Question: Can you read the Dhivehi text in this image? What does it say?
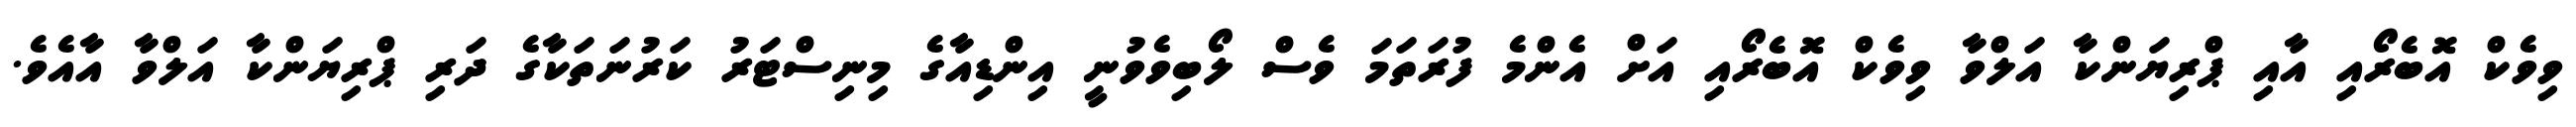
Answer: ވިވެކް އޮބެރޯއި އާއި ޕްރިޔަންކާ އަލްވާ ވިވެކް އޮބެރޯއި އަށް އެންމެ ފުރަތަމަ ވެސް ލޯބިވެވުނީ އިންޑިއާގެ މިނިސްޓަރު ކަރުނަތަކާގެ ދަރި ޕްރިޔަންކާ އަލްވާ އާއެވެ.